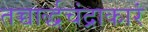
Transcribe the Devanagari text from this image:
तच्चार्द्धचंद्राकारं